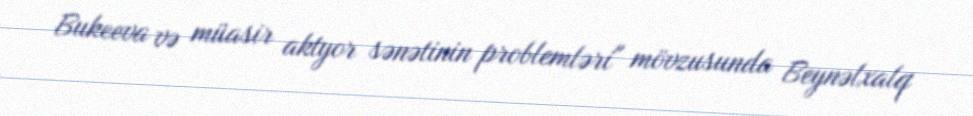
Bukeeva və müasir aktyor sənətinin problemləri" mövzusunda Beynəlxalq